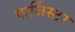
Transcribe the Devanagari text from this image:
पार्जिस्टर